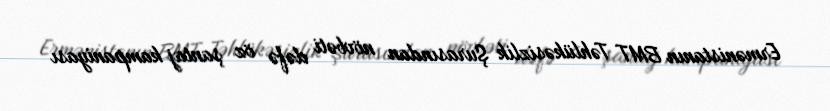
Ermənistanın BMT Təhlükəsizlik Şurasından növbəti dəfə öz şantaj kampaniyası